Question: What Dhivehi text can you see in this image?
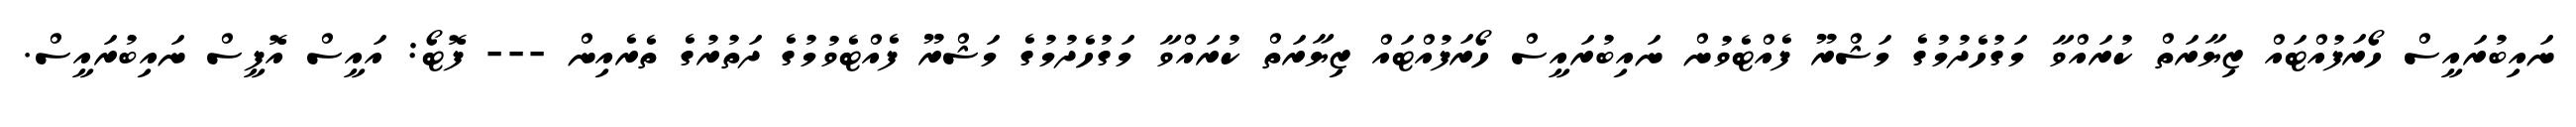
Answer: ނައިބުރައީސް ހޯރަފުއްޓައް ޒިޔާރަތް ކުރައްވާ މަގުހެދުމުގެ މަޝްރޫ ފެއްޓެވުން ނައިބުރައީސް ހޯރަފުއްޓައް ޒިޔާރަތް ކުރައްވާ މަގުހެދުމުގެ މަޝްރޫ ފެއްޓެވުމުގެ ދަތުރުގެ ތެރެއިން --- ފޮޓޯ: އައީސް އޮފީސް ނައިބުރައީސް.